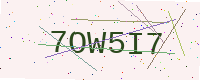
Text: 7OW5I7